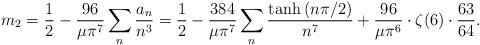
LaTeX: \begin{align*} m_2 & = \frac{1}{2} - \frac{96}{\mu \pi^7} \sum_{n } \frac{a_n}{n^3} = \frac{1}{2} - \frac{384}{\mu \pi^7} \sum_{n } \frac{\tanh \left( n\pi / 2 \right)}{n^7}+ \frac{96}{\mu \pi^6} \cdot \zeta(6) \cdot \frac{63}{64} . \end{align*}